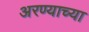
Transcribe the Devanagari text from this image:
अरण्याच्या